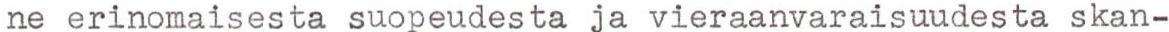
ne erinomaisesta suopeudesta ja vieraanvaraisuudesta skan-